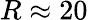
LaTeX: R\approx 20